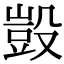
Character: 𣪱